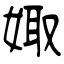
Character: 娵